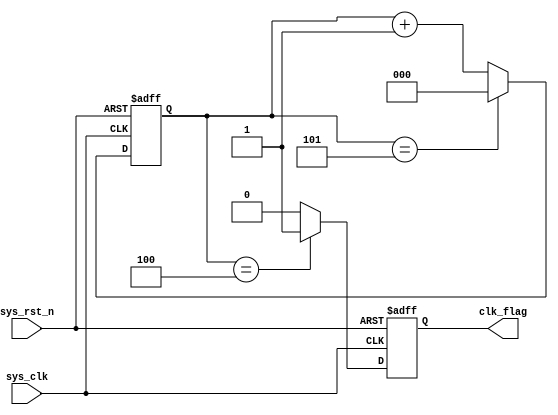
/* module divider_six
#(
    parameter   DID = 2'd2

)
(
    input   wire    sys_clk     ,
    input   wire    sys_rst_n   ,
   
    output  reg     clk_out     

);

reg [1:0] cnt;
reg cnt_flag;

always@(posedge sys_clk or negedge sys_rst_n)

    if(sys_rst_n == 1'b0)
        cnt <= 2'b0;
    else    if(cnt == DID)
        cnt <= 2'b0;
    else
        cnt <= cnt + 1'b1;
        

        
always@(posedge sys_clk or negedge sys_rst_n)
    
    if(sys_rst_n == 1'b0)
        clk_out <= 1'b0;
    else if(cnt == DID)
        clk_out <= ~clk_out;
    else
        clk_out <= clk_out;
        
endmodule  */  

module divider_six

(
    input   wire    sys_clk     ,
    input   wire    sys_rst_n   ,
   
    output  reg     clk_flag     

);

reg [2:0] cnt;


always@(posedge sys_clk or negedge sys_rst_n)

    if(sys_rst_n == 1'b0)
        cnt <= 3'b0;
    else    if(cnt == 3'd5)
        cnt <= 3'b0;
    else
        cnt <= cnt + 1'b1;
        
        
always@(posedge sys_clk or negedge sys_rst_n)
    
    if(sys_rst_n == 1'b0)
        clk_flag <= 1'b0;
    else if(cnt == 3'd4)
        clk_flag <= 1'b1;
    else
        clk_flag <= 1'b0;
/* 
reg [3:0] a;
        
//
always@(posedge sys_clk or negedge sys_rst_n)

    if(sys_rst_n == 1'b0)
        a <= 4'b0;
    else if(clk_flag == 1'b0)
        a <= 4'd0;
    else
        a <= 4'd2; */
endmodule